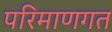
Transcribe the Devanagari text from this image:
परिमाणगत